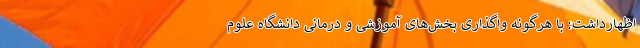
اظهارداشت: با هرگونه واگذاری بخش‌های آموزشی و درمانی دانشگاه علوم